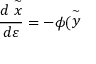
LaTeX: \frac { d \stackrel { \sim } { x } } { d \varepsilon } = - \phi ( \stackrel { \sim } { y }